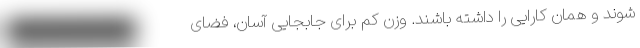
شوند و همان کارایی را داشته باشند. وزن کم برای جابجایی آسان، فضای